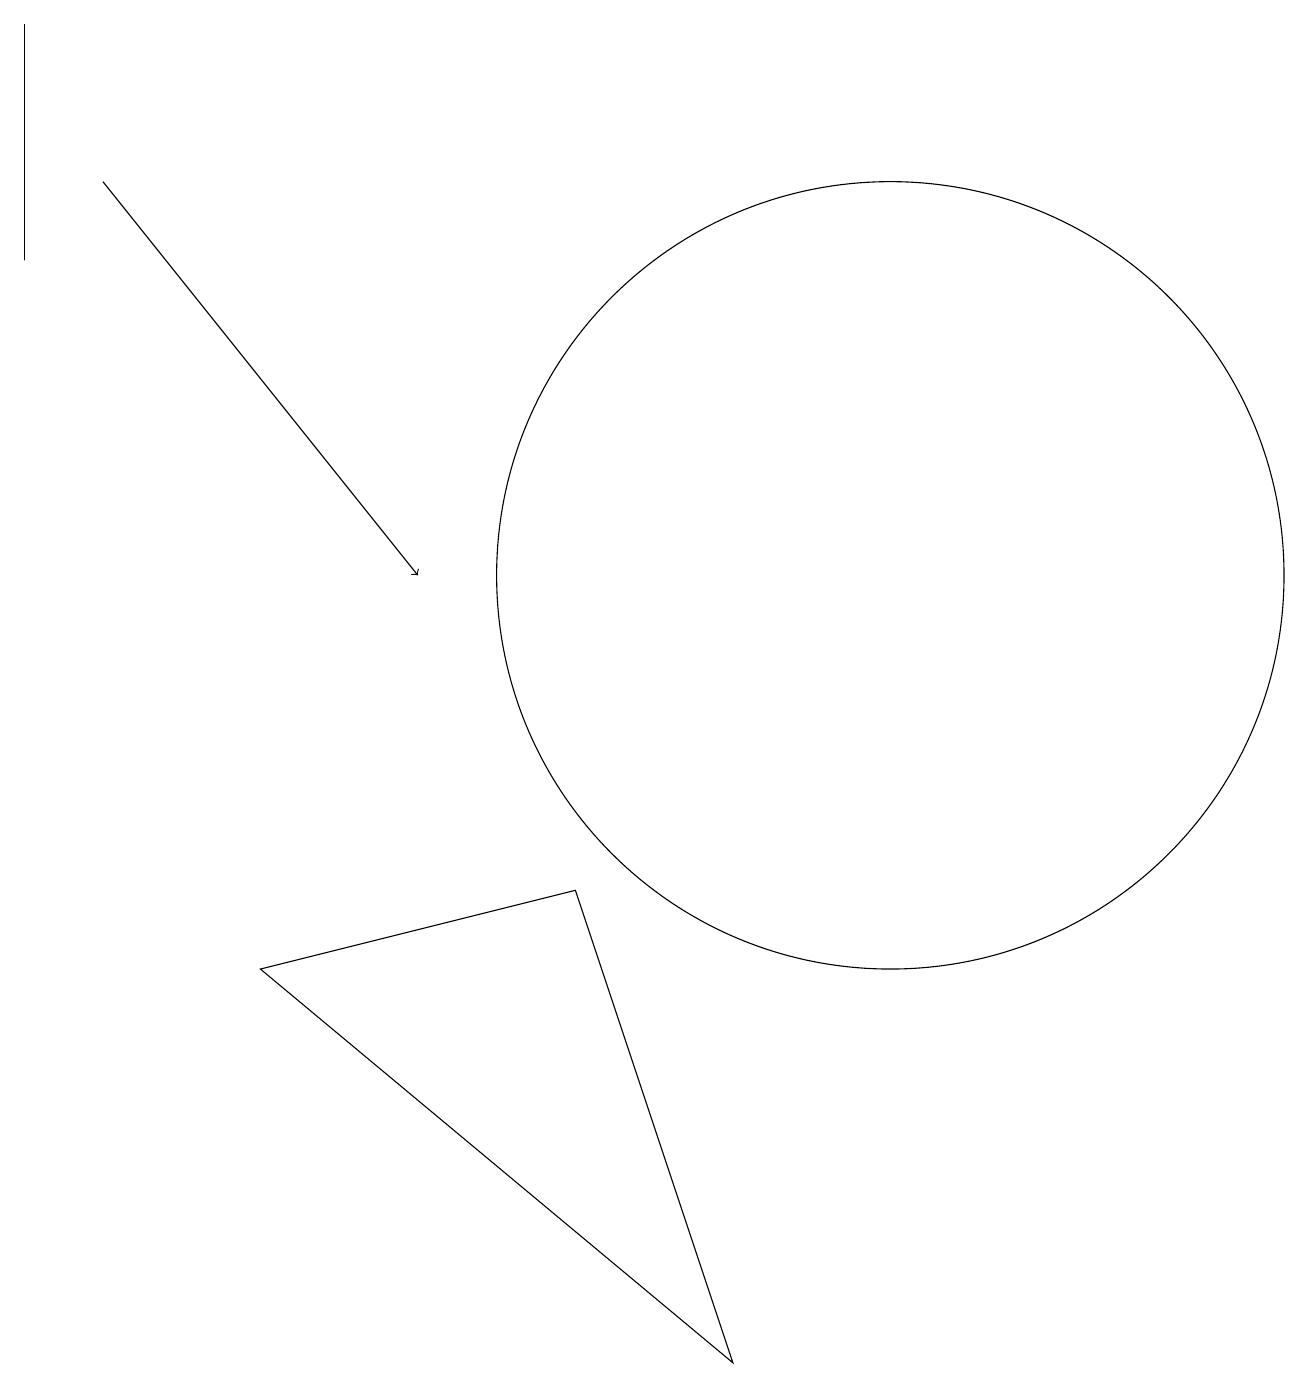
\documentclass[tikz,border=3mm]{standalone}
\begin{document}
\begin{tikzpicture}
\draw (7,6) -- (9,0) -- (3,5) -- cycle;
\draw (12,12) circle (0);
\draw (0,14) rectangle (0,17);
\draw[->] (1,15) -- (5,10);
\draw (12,12) circle (0);
\draw (11,10) circle (5);
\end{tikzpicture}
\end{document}